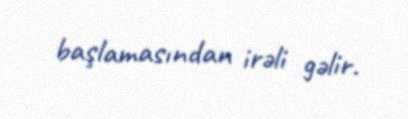
başlamasından irəli gəlir.